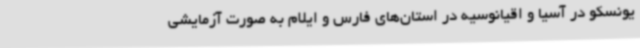
یونسکو در آسیا و اقیانوسیه در استان‌های فارس و ایلام به صورت آزمایشی